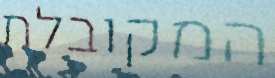
המקובלת